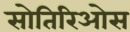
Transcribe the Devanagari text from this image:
सोतिरिओस